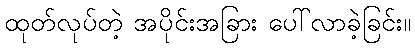
ထုတ်လုပ်တဲ့ အပိုင်းအခြား ပေါ်လာခဲ့ခြင်း။